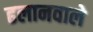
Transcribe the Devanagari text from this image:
ढलानवाले